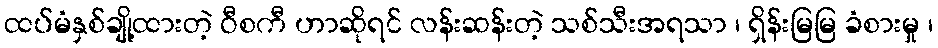
ထပ်မံနှစ်ချို့ထားတဲ့ ဝီစကီ ဟာဆိုရင် လန်းဆန်းတဲ့ သစ်သီးအရသာ ၊ ရှိန်းမြမြ ခံစားမှု ၊